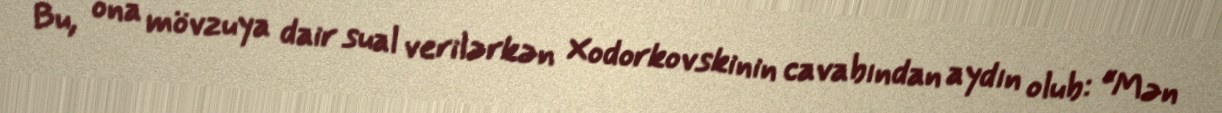
Bu, ona mövzuya dair sual verilərkən Xodorkovskinin cavabından aydın olub: “Mən